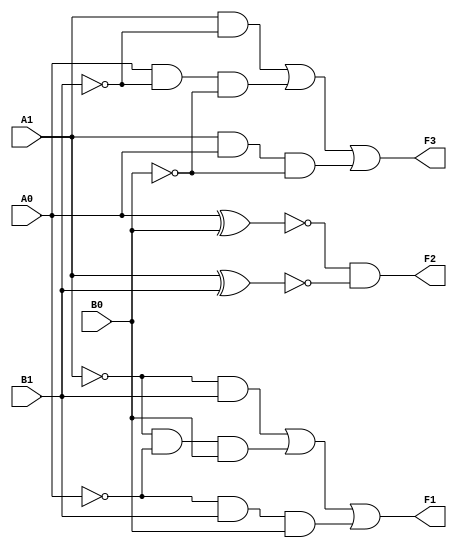
module comparator_4b_dig(
    input A1, input A0, input B1, input B0,
    output F1, output F2, output F3
    );
    assign F1 = ((~A1)&B1)|((~A1)&(~A0)&B0)|((~A0)&B1&B0);
    assign F2 = (~(A0^B0))&(~(A1^B1));
    assign F3 = (A1&(~B1))|(A0&(~B1)&(~B0))|(A1&A0&(~B0));
endmodule